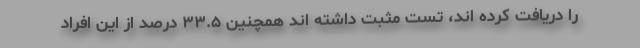
را دریافت کرده اند، تست مثبت داشته اند همچنین ۳۳.۵ درصد از این افراد